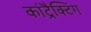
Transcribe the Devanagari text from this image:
कांट्रैक्टिंग